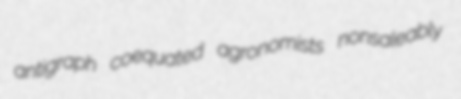
antigraph coequated agronomists nonsaleably